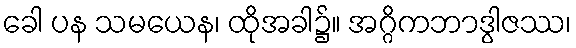
ခေါ ပန သမယေန၊ ထိုအခါ၌။ အဂ္ဂိကဘာဒွါဇဿ၊